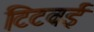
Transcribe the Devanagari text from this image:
टिटवई